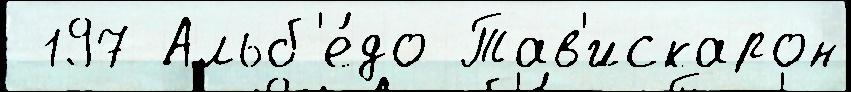
 197 Альб'е́до Тав'искарон